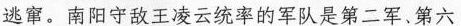
逃窜。南阳守敌王凌云统率的军队是第二军、第六